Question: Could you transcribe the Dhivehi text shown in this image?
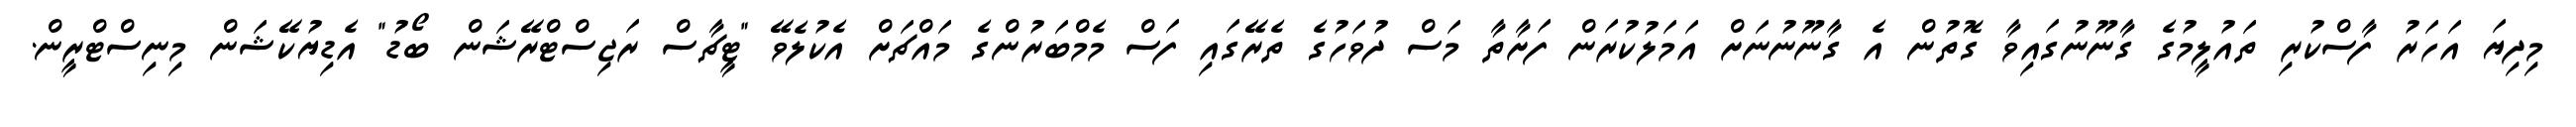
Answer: މިދިޔަ އަހަރު ފާސްކުރި ތައުލީމުގެ ގާނޫނުގައިވާ ގޮތުން އެ ގާނޫނުނަށް އަމަލުކުރަން ފަށާތާ މަސް ދުވަހުގެ ތެރޭގައި ފަސް މެމްބަރުންގެ މައްޗަށް އެކުލެވޭ "ޓީޗާސް ރަޖިސްޓްރޭޝަން ބޯޑު" އެޑިޔުކޭޝަން މިނިސްޓްރީން.